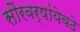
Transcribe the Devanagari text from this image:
सौरवर्षांयेवढे